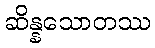
ဆိန္နသောတဿ